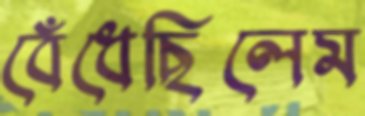
বেঁধেছিলেম